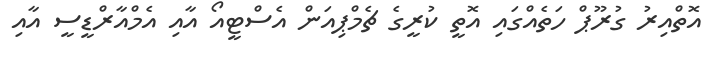
އޮތްއިރު ގުރޫޕް ހަތެއްގައި އޮތީ ކުރީގެ ޗެމްޕިއަން އެސްޓީއޯ އާއި އެމްއާރްޑީސީ އާއި